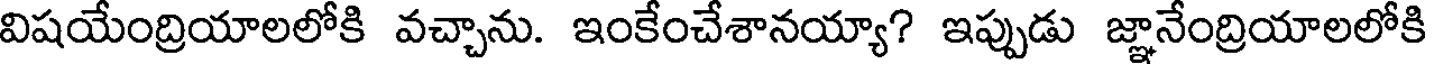
విషయేంద్రియాలలోకి వచ్చాను. ఇంకేంచేశానయ్యా? ఇప్పుడు జ్ఞానేంద్రియాలలోకి